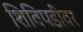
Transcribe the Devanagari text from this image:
शिविपडीवर